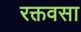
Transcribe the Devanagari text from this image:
रक्तवसा